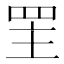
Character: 罜